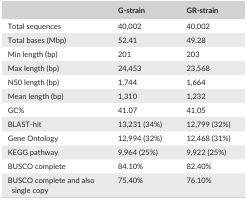
<table><thead><tr><td></td><td><b>G‐strain</b></td><td><b>GR‐strain</b></td></tr></thead><tbody><tr><td>Total sequences</td><td>40,002</td><td>40,002</td></tr><tr><td>Total bases (Mbp)</td><td>52.41</td><td>49.28</td></tr><tr><td>Min length (bp)</td><td>201</td><td>203</td></tr><tr><td>Max length (bp)</td><td>24,453</td><td>23,568</td></tr><tr><td>N50 length (bp)</td><td>1,744</td><td>1,664</td></tr><tr><td>Mean length (bp)</td><td>1,310</td><td>1,232</td></tr><tr><td>GC%</td><td>41.07</td><td>41.05</td></tr><tr><td>BLAST‐hit</td><td>13,231 (34%)</td><td>12,799 (32%)</td></tr><tr><td>Gene Ontology</td><td>12,994 (32%)</td><td>12,468 (31%)</td></tr><tr><td>KEGG pathway</td><td>9,964 (25%)</td><td>9,922 (25%)</td></tr><tr><td>BUSCO complete</td><td>84.10%</td><td>82.40%</td></tr><tr><td>BUSCO complete and also single copy</td><td>75.40%</td><td>76.10%</td></tr></tbody></table>